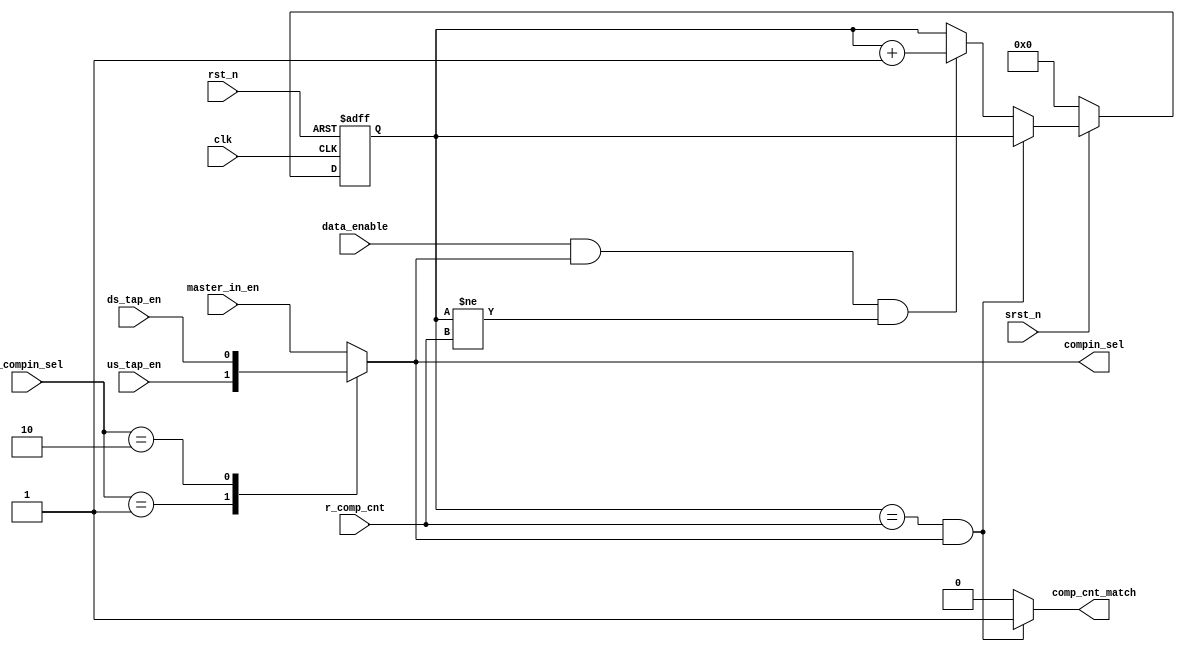
// This program was cloned from: https://github.com/chipsalliance/aib-phy-hardware
// License: Apache License 2.0

// SPDX-License-Identifier: Apache-2.0
// Copyright (C) 2019 Intel Corporation. 
// Revision:    $Revision: #1 $
//------------------------------------------------------------------------
// Description: 
//
//------------------------------------------------------------------------

module c3aibadapt_cmn_cp_comp_cntr
  #(
    parameter CNTWIDTH         = 'd8
    )
    (
    input  wire                clk,             // clock
    input  wire                rst_n,           // async reset
    input  wire                srst_n,          // async reset
    input  wire                data_enable,     // data enable / data valid
    input  wire                master_in_en,    
    input  wire                us_tap_en,   
    input  wire                ds_tap_en,  
    input  wire [1:0]          r_compin_sel,    // CRAM input select
    input  wire [CNTWIDTH-1:0] r_comp_cnt,      // CRAM timeout value
    output  reg                comp_cnt_match,   // output signal for match
    output wire		       compin_sel	 
     );

   localparam                  MASTER	         = 2'd0;
   localparam                  SLAVE_ABOVE		 = 2'd1;
   localparam                  SLAVE_BELOW		 = 2'd2;
   
   reg [CNTWIDTH-1:0] cnt, cnt_ns;
   reg                cnt_co;
   reg                cnt_enable;
//   reg		      cnt_enable_reg;
//   wire		      cnt_enable_neg_edge;

   always @*
     begin
        cnt_enable = master_in_en;
        cnt_ns = cnt;
        cnt_co = 1'b0;
        comp_cnt_match = 1'b0;
                        
        case (r_compin_sel)
          MASTER: begin
             cnt_enable = master_in_en;
          end
          SLAVE_ABOVE: begin
             cnt_enable = us_tap_en;
          end
          SLAVE_BELOW: begin
             cnt_enable = ds_tap_en;
          end
          default: begin
             cnt_enable = master_in_en;
          end
        endcase // case(r_compin_sel)

        
        if (cnt == r_comp_cnt && cnt_enable)
          begin
             comp_cnt_match = 1'b1;
          end
        else if (data_enable && cnt_enable && cnt != r_comp_cnt)
          begin
             {cnt_co,cnt_ns} = cnt + 1'b1;
          end
        
     end // always @ *

assign compin_sel = cnt_enable;

//   always @(negedge rst_n or posedge clk)
//     begin
//        if (~rst_n)
//          begin
//             cnt_enable_reg <= 1'b0;
//          end
//        else if (~srst_n)
//          begin
//             cnt_enable_reg <= 1'b0;
//          end
//        else 
//          begin
//             cnt_enable_reg <= cnt_enable;
//          end
//     end // always @ (negedge rst_n or posedge clk)               
// 
//   assign cnt_enable_neg_edge = ~cnt_enable && cnt_enable_reg;

   always @(negedge rst_n or posedge clk)
     begin
        if (~rst_n)
          begin
             cnt <= {CNTWIDTH{1'b0}};
          end
//        else if (~srst_n || cnt_enable_neg_edge)
        else if (~srst_n)
          begin
             cnt <= {CNTWIDTH{1'b0}};
          end
        else 
          begin
             cnt <= cnt_ns;
          end
     end // always @ (negedge rst_n or posedge clk)               
   
endmodule // c3aibadapt_cmn_cp_comp_cntr